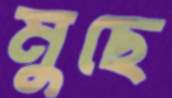
মুছে